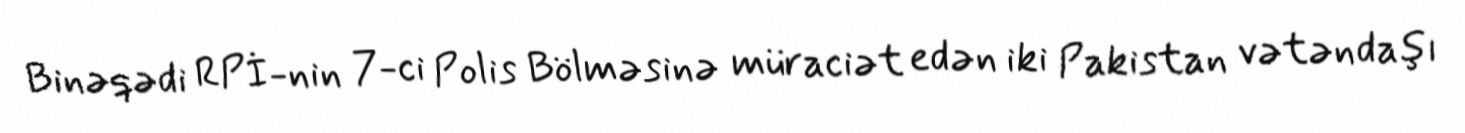
Binəqədi RPİ-nin 7-ci Polis Bölməsinə müraciət edən iki Pakistan vətəndaşı